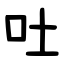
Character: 吐